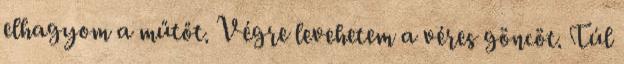
elhagyom a műtőt. Végre levehetem a véres göncöt. Túl